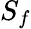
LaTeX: S_{f}